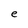
Character: e